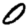
Digit: 0